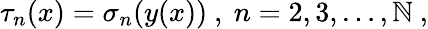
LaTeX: \tau_{n}(x)=\sigma_{n}(y(x))\ ,\ n=2,3,\ldots,\mathbb{N}\ ,